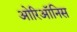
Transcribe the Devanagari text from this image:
ओरिऑनिस